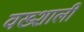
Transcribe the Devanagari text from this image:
वख्शाली